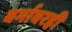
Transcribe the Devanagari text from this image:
बर्मावरही